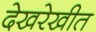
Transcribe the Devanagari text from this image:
देखरेखीत